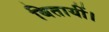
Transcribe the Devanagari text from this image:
बितायीं।